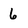
Character: 6